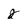
Character: j